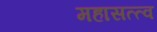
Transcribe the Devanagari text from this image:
महासत्त्व